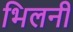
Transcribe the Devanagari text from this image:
भिलनी